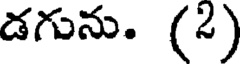
డగును. (2)